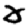
Digit: 0